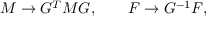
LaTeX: { \cal M } \to G ^ { T } { \cal M } G , \qquad F \to G ^ { - 1 } F ,